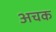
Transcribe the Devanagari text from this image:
अचक